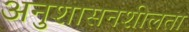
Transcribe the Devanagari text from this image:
अनुशासनशीलता